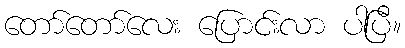
တော်တော်လေး ပြောင်းလာ ပါပြီ။